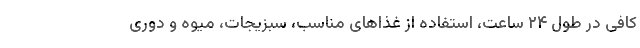
کافی در طول ۲۴ ساعت، استفاده از غذاهای مناسب، سبزیجات، میوه و دوری